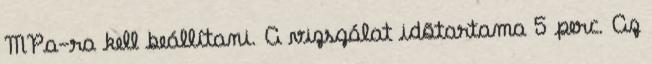
MPa-ra kell beállítani. A vizsgálat idõtartama 5 perc. Az